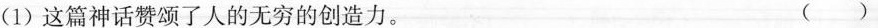
(1) 这篇神话赞颂了人的无穷的创造力。 ( )